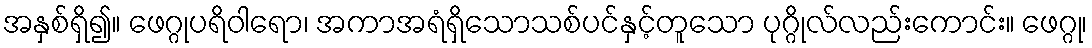
အနှစ်ရှိ၍။ ဖေဂ္ဂုပရိဝါရော၊ အကာအရံရှိသောသစ်ပင်နှင့်တူသော ပုဂ္ဂိုလ်လည်းကောင်း။ ဖေဂ္ဂု၊